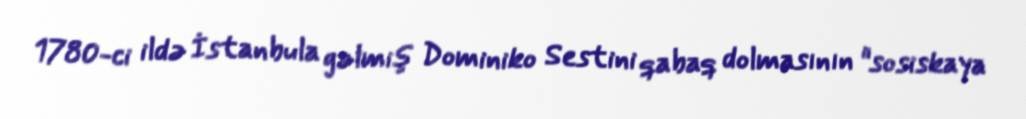
1780-ci ildə İstanbula gəlmiş Dominiko Sestini qabaq dolmasının "sosiskaya